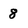
Character: 8